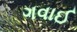
ગવાઈ